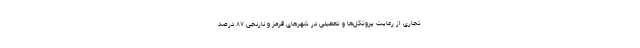
تجاری از رعایت پروتکل‌ها و تعطیلی در شهرهای قرمز و نارنجی ۸۷ درصد